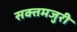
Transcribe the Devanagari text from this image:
सक्तमजुरी